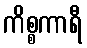
ကိစ္စကာရီ